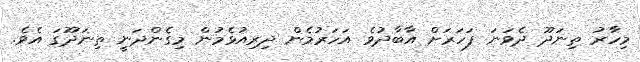
މިހާރު ތިނަދޫ ދެވަނަ ފަހަރަށް އާބާދުވެ އަހަރުމެން ދިރިއުޅެމުން މިގެންދަނީ ތިނަދޫގަ އެވެ.